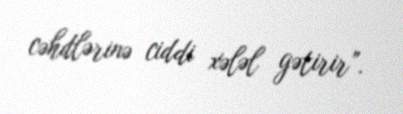
cəhdlərinə ciddi xələl gətirir”.